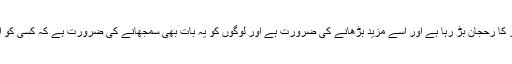
انہوں نے کہا کہ شہر کی کئی مساجد میں اجتماعی افطار کا رحجان بڑ رہا ہے اور اسے مزید بڑھانے کی ضرورت ہے اور لوگوں کو یہ بات بھی سمجھانے کی ضرورت ہے کہ کسی کو افطار کرانے سے کتنے ثواب حاصل کئے جاسکتے ہیں۔